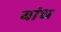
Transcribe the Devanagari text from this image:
बांध्‍ा